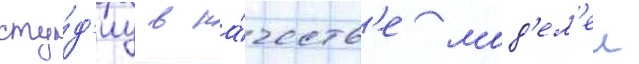
сту́д'иу в ка́честв'е мод'ел'еи